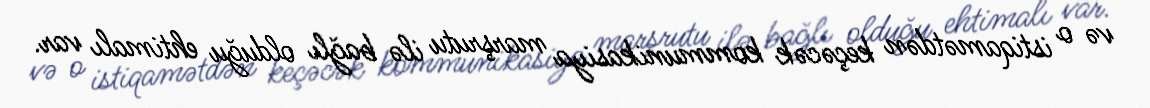
və o istiqamətdən keçəcək kommunikasiya marşrutu ilə bağlı olduğu ehtimalı var.